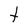
Character: t